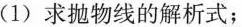
(1)求抛物线的解析式；